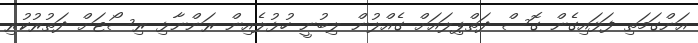
އަންގަމަތި ފަޅައިގެން ގޮސް ދަތްޕިލައަށް ގެއްލުން ލިބުނީ ހުޅުލެއިން ރަންނާޅި ރިސޯޓަށް ދަތުރުކުރި